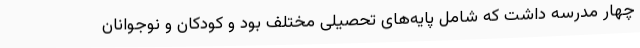
چهار مدرسه داشت که شامل پایه‌های تحصیلی مختلف بود و کودکان و نوجوانان